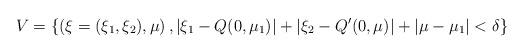
LaTeX: \begin{align*}V=\lbrace \left(\xi=(\xi_1,\xi_2),\mu\right), |\xi_1-Q(0,\mu_1)|+|\xi_2-Q^{\prime}(0,\mu)|+|\mu-\mu_1|<\delta \rbrace\end{align*}